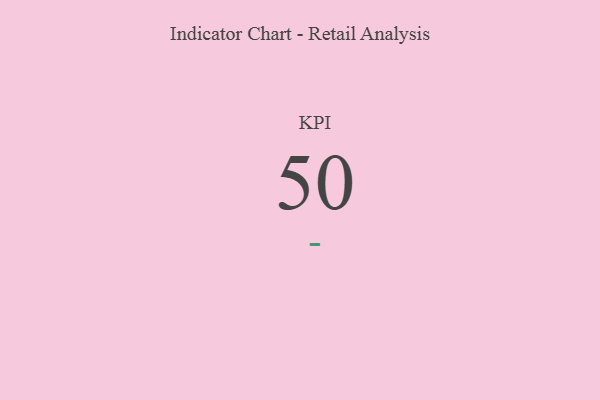
{"axis": {"x": "KPI", "y": "Value"}, "legend": [""], "data": [{"x": "KPI", "y": 50, "type": ""}]}